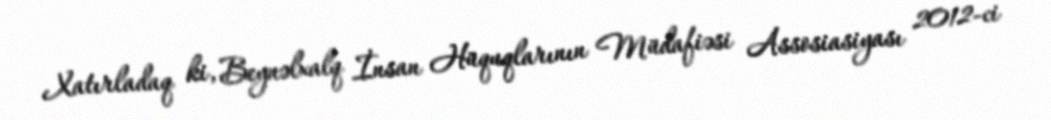
Xatırladaq ki, Beynəlxalq İnsan Hüquqlarının Müdafiəsi Assosiasiyası 2012-ci